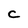
Character: C